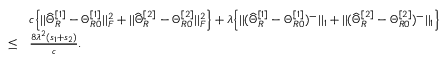
\begin{array} { r l } & { c \Big \{ | | \widehat { \Theta } _ { R } ^ { [ 1 ] } - \Theta _ { R 0 } ^ { [ 1 ] } | | _ { F } ^ { 2 } + | | \widehat { \Theta } _ { R } ^ { [ 2 ] } - \Theta _ { R 0 } ^ { [ 2 ] } | | _ { F } ^ { 2 } \Big \} + \lambda \Big \{ | | ( \widehat { \Theta } _ { R } ^ { [ 1 ] } - \Theta _ { R 0 } ^ { [ 1 ] } ) ^ { - } | | _ { 1 } + | | ( \widehat { \Theta } _ { R } ^ { [ 2 ] } - \Theta _ { R 0 } ^ { [ 2 ] } ) ^ { - } | | _ { 1 } \Big \} } \\ { \leq } & { \frac { 8 \lambda ^ { 2 } ( s _ { 1 } + s _ { 2 } ) } { c } . } \end{array}